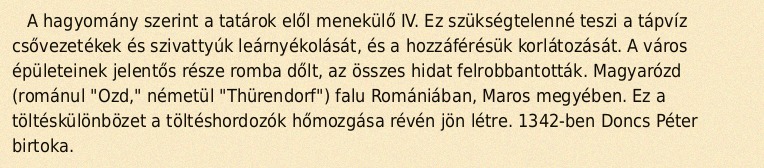
A hagyomány szerint a tatárok elől menekülő IV. Ez szükségtelenné teszi a tápvíz csővezetékek és szivattyúk leárnyékolását, és a hozzáférésük korlátozását. A város épületeinek jelentős része romba dőlt, az összes hidat felrobbantották. Magyarózd (románul "Ozd," németül "Thürendorf") falu Romániában, Maros megyében. Ez a töltéskülönbözet a töltéshordozók hőmozgása révén jön létre. 1342-ben Doncs Péter birtoka.